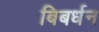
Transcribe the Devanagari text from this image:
बिबर्धन